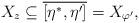
LaTeX: \begin{align*}X_z \subseteq \overline{[\eta^{*},\eta']}= X_{\varphi'},\end{align*}